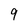
Character: 9